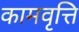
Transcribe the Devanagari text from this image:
कामवृत्ति